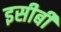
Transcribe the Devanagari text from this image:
इसीबी